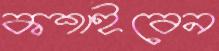
কশাইবেন